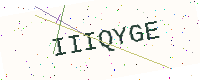
Text: IIIQYGE